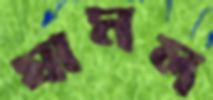
ঘামল